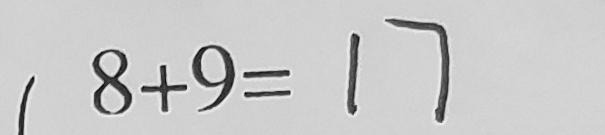
8 + 9 = 1 7